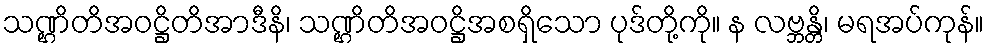
သဏ္ဌိတိအဝဋ္ဌိတိအာဒီနိ၊ သဏ္ဌိတိအဝဋ္ဌိအစရှိသော ပုဒ်တို့ကို။ န လဗ္ဘန္တိ၊ မရအပ်ကုန်။